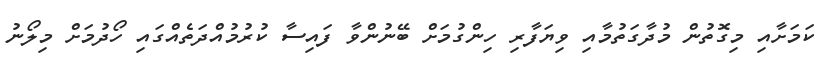
ކަމަށާއި މިގޮތުން މުދާގަތުމާއި ވިޔަފާރި ހިންގުމަށް ބޭނުންވާ ފައިސާ ކުރުމުއްދަތެއްގައި ހޯދުމަށް މިލޯނު